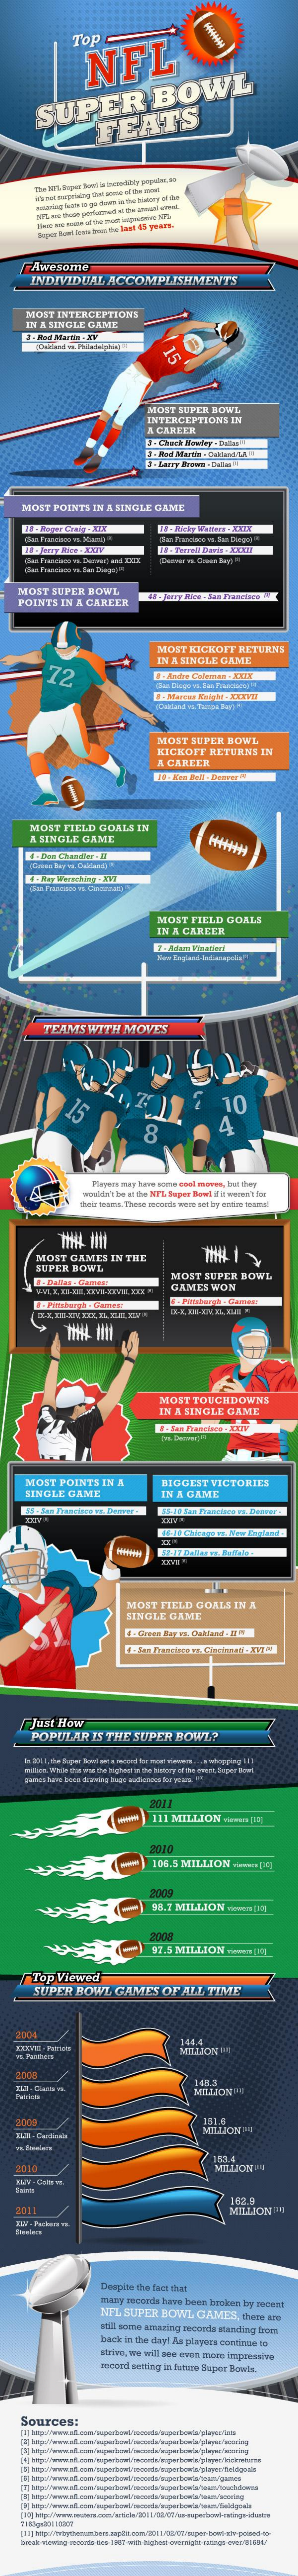
Top
     NFL
     SUPER    BOWL
     FEATS
     Super Bowl faalt bom the law @% years.
     Awesome
     INDIVIDUAL    ACCOMPLISHMENTS
     MOST   INTERCEPTIONE
     IN A SINGLE   GAME
     MOST   SUPER  BOWL
     INTERCEPTIONS    IN
     A CAREER
     MOST   POINTS   IN A MINGLE   GAME
     Plan Franciune ve. Dan Bungo!"
    MOST    SUPER   BOWL
    POINTS    IN A  CAREER
     MOST   KICKOFF    RETURN
     IN A SINGLE   GAME
     72
     MOST   SUPER    BOWL
     KICKOFF    RETURNS    IN
     A. CARTER
     MOST   FIELD    GOALS   IN
     A SINGLE   GAME
     MOST   FIELD    GOALS
     IN A CARLER
     TEAMS    WITH    MOVES
     10
     Plaporn mag heno sorso cool meves, but they
     wouldn't ibo at the NFL Super Bowl if it wornn't for
     MOST    GAMES    IN THE
     SUPER  BOWL
     . Dallas . Cards
     MOST   SUPER    BOWL
     GAMES    WON
     MOST    TOUCHDOWNS
     IN  A SINGLE    GAME
     MOST   POINTS    IN  A    BIGGEST    VICTORIES
     SINGLE    GAME    IN A  GAME
     MOST   FIELD   GOALS    IN  A
     SINGLE   GAME
     Just  How
     POPULAR    IS THE   SUPER    BOWL?
     2011
     111 MILLION    vienen [X]
     2010
     106.5 MILLION    vores IIM
     91.1  MILLION    viewers 1KG
     2008
     92.5  MILLION    ERNE 11OL
     Top   Viewed
     SUPER    BOWL    GAMES    OF  ALL   TIME
     3444
     MELON    MI
     148.3
     I NorrIN
    2010
     MILLION  !!
     Despite the fact that
     mary  recorda have been  brokcan by mount
     NFL  SUPER    BOWL   GAMES,    there are
     stil sorae aring   moords  Manding  from
     back in the day! As pilnyees cortiras to
     strive, wa vell see ervas moco impressive
     zacard seting in future Super Bowls.
     Sources: